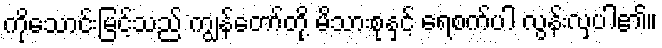
ကိုသောင်းမြင့်သည် ကျွန်တော်တို့ မိသားစုနှင့် ရေစက်ပါ လွန်းလှပါ၏။